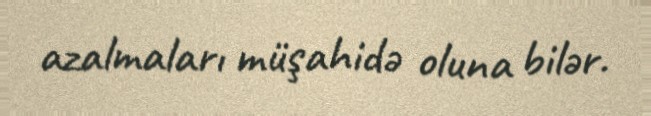
azalmaları müşahidə oluna bilər.